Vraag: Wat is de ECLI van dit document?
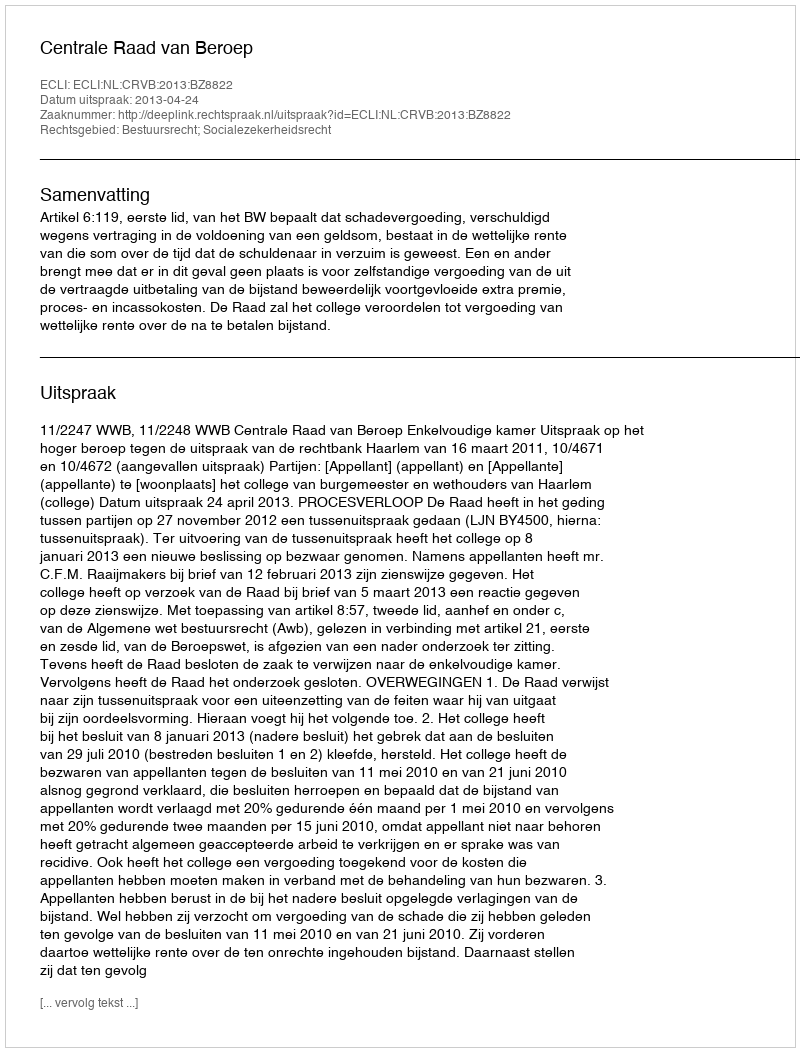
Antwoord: ECLI:NL:CRVB:2013:BZ8822